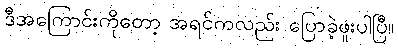
ဒီအကြောင်းကိုတော့ အရင်ကလည်း ပြောခဲ့ဖူးပါပြီ။